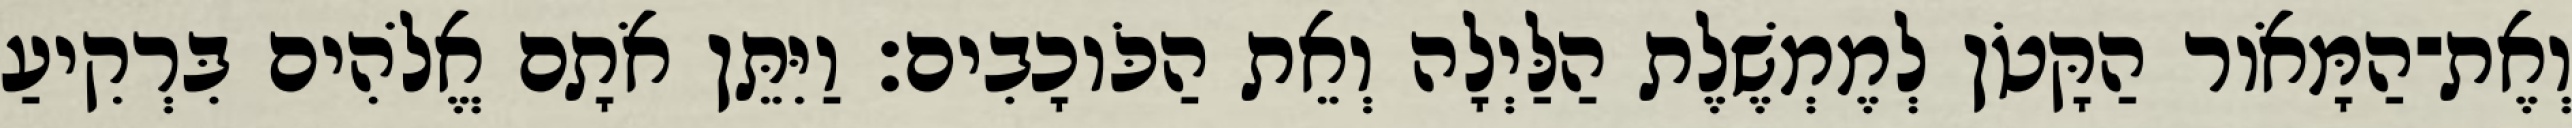
וְאֶת־הַמָּאֹור הַקָּטֹן לְמֶמְשֶׁלֶת הַלַּיְלָה וְאֵת הַכֹּוכָבִים׃ וַיִּתֵּן אֹתָם אֱלֹהִים בִּרְקִיעַ